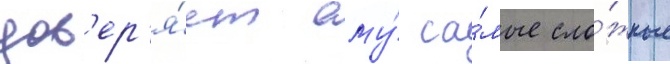
дов'ер'я́ет ему́ са́мые сло́жные